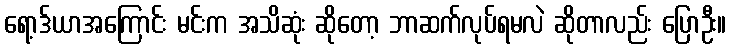
ရော့ဒ်ယာအကြောင်း မင်းက အသိဆုံး ဆိုတော့ ဘာဆက်လုပ်ရမလဲ ဆိုတာလည်း ပြောဦး။